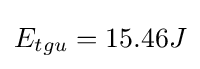
E_{tgu}=15.46J